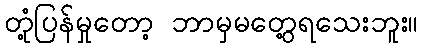
တုံ့ပြန်မှုတော့ ဘာမှမတွေ့ရသေးဘူး။